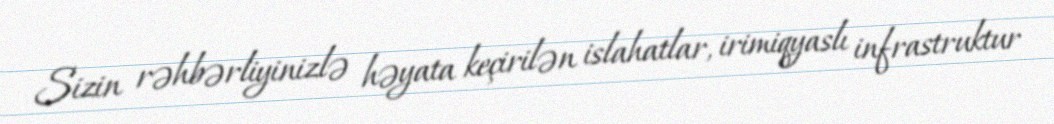
Sizin rəhbərliyinizlə həyata keçirilən islahatlar, irimiqyaslı infrastruktur